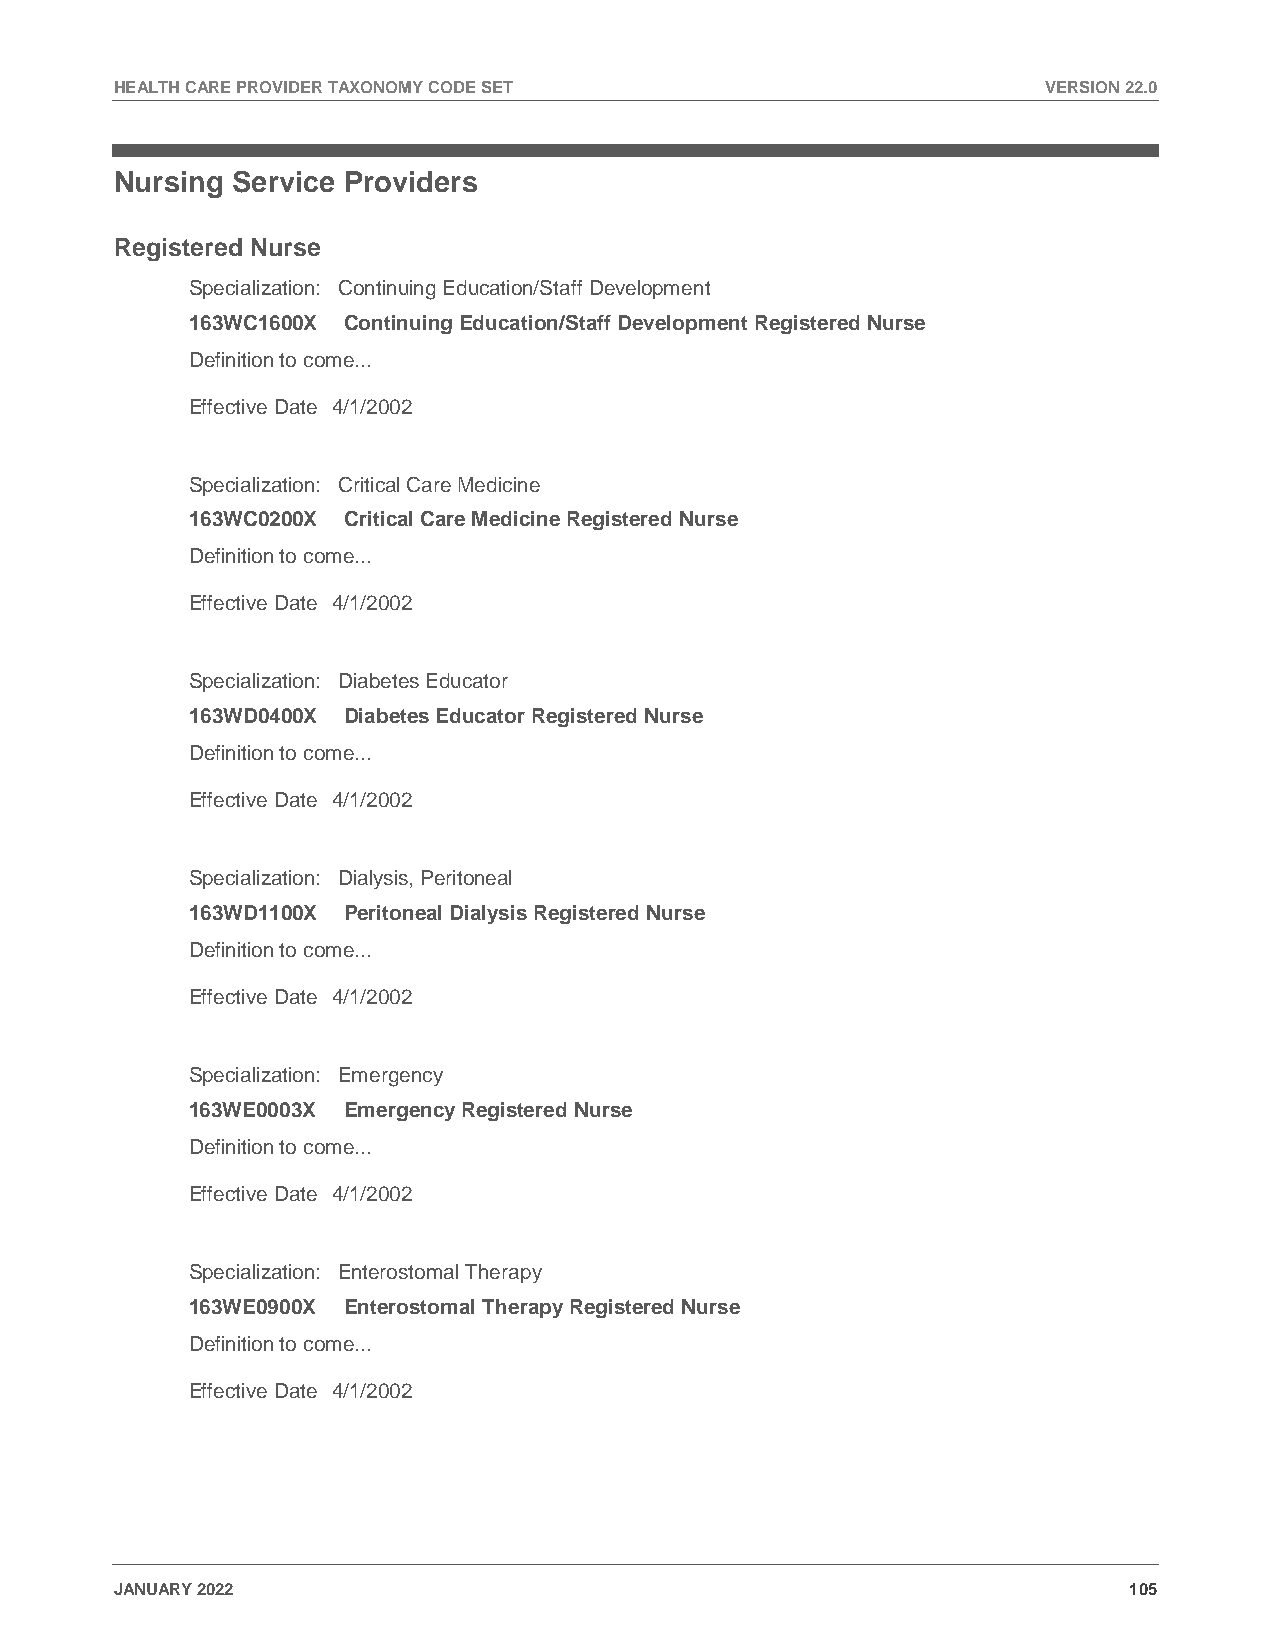
HEALTH CARE PROVIDER TAXONOMY CODE SET                       VERSION 22.0
 Nursing Service Providers
 Registered Nurse
 Specialization: Continuing Education/Staff Development
 163WC1600X Continuing Education/Staff Development Registered Nurse
 Definition to come...
 Effective Date 4/1/2002
 Specialization: Critical Care Medicine
 163WC0200X Critical Care Medicine Registered Nurse
 Definition to come...
 Effective Date 4/1/2002
 Specialization: Diabetes Educator
 163WD0400X Diabetes Educator Registered Nurse
 Definition to come...
 Effective Date 4/1/2002
 Specialization: Dialysis, Peritoneal
 163WD1100X Peritoneal Dialysis Registered Nurse
 Definition to come...
 Effective Date 4/1/2002
 Specialization: Emergency
 163WE0003X Emergency Registered Nurse
 Definition to come...
 Effective Date 4/1/2002
 Specialization: Enterostomal Therapy
 163WE0900X Enterostomal Therapy Registered Nurse
 Definition to come...
 Effective Date 4/1/2002
 JANUARY 2022                                                       105